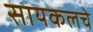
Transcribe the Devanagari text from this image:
सायकलचे